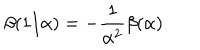
\beta ( 1 / \alpha ) = - \frac { 1 } { \alpha ^ { 2 } } \beta ( \alpha )